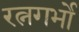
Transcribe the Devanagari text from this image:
रत्नगर्भो